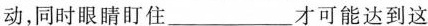
动，同时眼睛盯住___才可能达到这